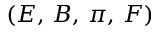
( E , \, B , \, \pi , \, F )